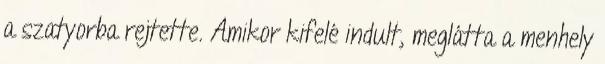
a szatyorba rejtette. Amikor kifelé indult, meglátta a menhely